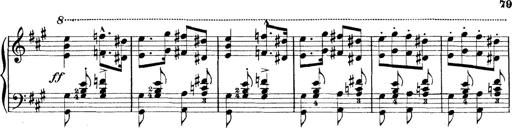
Title: Rapsodie: 19 ungheresi, 1 spagnuola
Composer: Franz Liszt